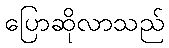
ပြောဆိုလာသည်